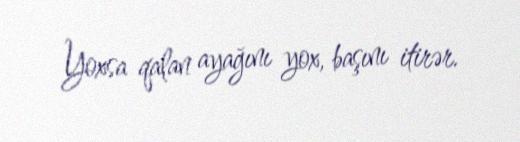
Yoxsa qalan ayağını yox, başını itirər.